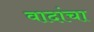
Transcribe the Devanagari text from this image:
वादांचा